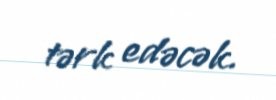
tərk edəcək.